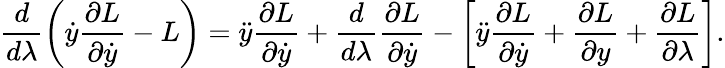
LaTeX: \frac{d}{d\lambda}\left(\dot{y}\frac{\partial L}{\partial\dot{y}}-L\right)=\ddot{y}\frac{\partial L}{\partial\dot{y}}+\frac{d}{d\lambda}\frac{\partial L}{\partial\dot{y}}-\left[\ddot{y}\frac{\partial L}{\partial\dot{y}}+\frac{\partial L}{\partial y}+\frac{\partial L}{\partial\lambda}\right].